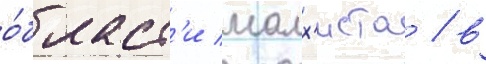
о́бласт'и малх'иста / в